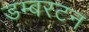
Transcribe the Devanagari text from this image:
डम्बरटन